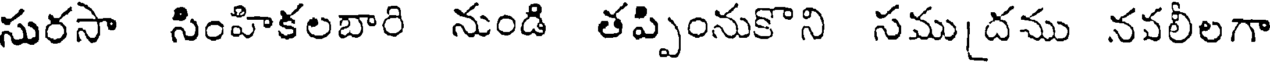
సురసా సింహికలబారి నుండి తప్పింనుకొని సముదము నవలీలగా